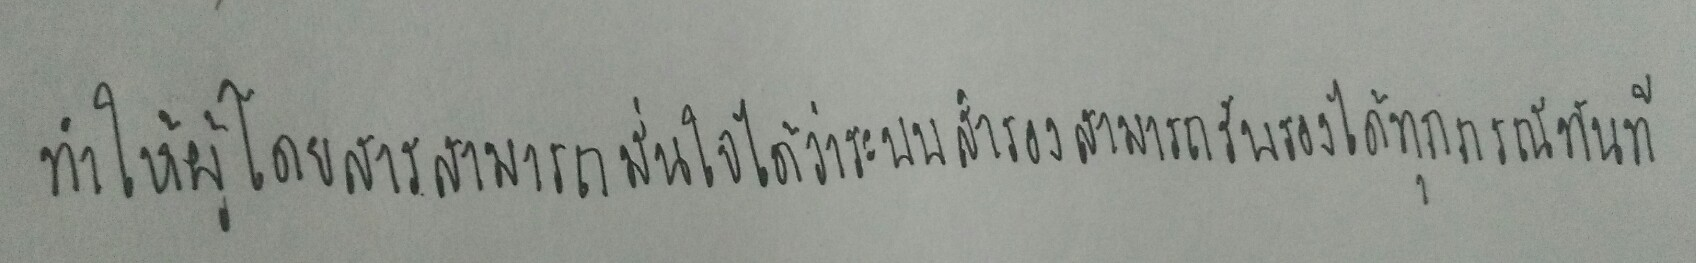
ทำให้ผู้โดยสารสามารถมั่นใจได้ว่าระบบสำรองสามารถรองรับได้ทุกกรณีทันที